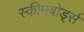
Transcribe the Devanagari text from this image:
स्कीमबोर्ड्स